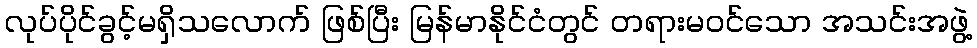
လုပ်ပိုင်ခွင့်မရှိသလောက် ဖြစ်ပြီး မြန်မာနိုင်ငံတွင် တရားမဝင်သော အသင်းအဖွဲ့